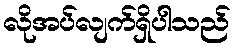
လိုအပ်လျက်ရှိပါသည်